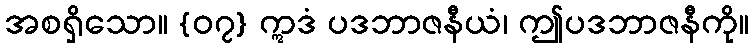
အစရှိသော။ {၀၇} ဣဒံ ပဒဘာဇနီယံ၊ ဤပဒဘာဇနီကို။